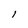
Character: l